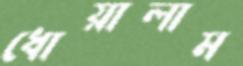
ধোয়ালাম